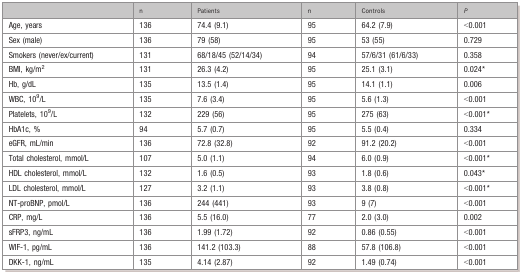
<table><thead><tr><td></td><td><b>n</b></td><td><b>Patients</b></td><td><b>n</b></td><td><b>Controls</b></td><td><b><i>P</i></b></td></tr></thead><tbody><tr><td>Age, years</td><td>136</td><td>74.4 (9.1)</td><td>95</td><td>64.2 (7.9)</td><td>&lt;0.001</td></tr><tr><td>Sex (male)</td><td>136</td><td>79 (58)</td><td>95</td><td>53 (55)</td><td>0.729</td></tr><tr><td>Smokers (never/ex/current)</td><td>131</td><td>68/18/45 (52/14/34)</td><td>94</td><td>57/6/31 (61/6/33)</td><td>0.358</td></tr><tr><td>BMI, kg/m<sup>2</sup></td><td>131</td><td>26.3 (4.2)</td><td>95</td><td>25.1 (3.1)</td><td>0.024*</td></tr><tr><td>Hb, g/dL</td><td>135</td><td>13.5 (1.4)</td><td>95</td><td>14.1 (1.1)</td><td>0.006</td></tr><tr><td>WBC, 10<sup>9</sup>/L</td><td>135</td><td>7.6 (3.4)</td><td>95</td><td>5.6 (1.3)</td><td>&lt;0.001</td></tr><tr><td>Platelets, 10<sup>9</sup>/L</td><td>132</td><td>229 (56)</td><td>95</td><td>275 (63)</td><td>&lt;0.001*</td></tr><tr><td>HbA1c, %</td><td>94</td><td>5.7 (0.7)</td><td>95</td><td>5.5 (0.4)</td><td>0.334</td></tr><tr><td>eGFR, mL/min</td><td>136</td><td>72.8 (32.8)</td><td>92</td><td>91.2 (20.2)</td><td>&lt;0.001</td></tr><tr><td>Total cholesterol, mmol/L</td><td>107</td><td>5.0 (1.1)</td><td>94</td><td>6.0 (0.9)</td><td>&lt;0.001*</td></tr><tr><td>HDL cholesterol, mmol/L</td><td>132</td><td>1.6 (0.5)</td><td>93</td><td>1.8 (0.6)</td><td>0.043*</td></tr><tr><td>LDL cholesterol, mmol/L</td><td>127</td><td>3.2 (1.1)</td><td>93</td><td>3.8 (0.8)</td><td>&lt;0.001*</td></tr><tr><td>NT-proBNP, pmol/L</td><td>136</td><td>244 (441)</td><td>93</td><td>9 (7)</td><td>&lt;0.001</td></tr><tr><td>CRP, mg/L</td><td>136</td><td>5.5 (16.0)</td><td>77</td><td>2.0 (3.0)</td><td>0.002</td></tr><tr><td>sFRP3, ng/mL</td><td>136</td><td>1.99 (1.72)</td><td>92</td><td>0.86 (0.55)</td><td>&lt;0.001</td></tr><tr><td>WIF-1, pg/mL</td><td>136</td><td>141.2 (103.3)</td><td>88</td><td>57.8 (106.8)</td><td>&lt;0.001</td></tr><tr><td>DKK-1, ng/mL</td><td>135</td><td>4.14 (2.87)</td><td>92</td><td>1.49 (0.74)</td><td>&lt;0.001</td></tr></tbody></table>